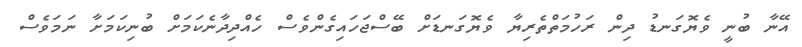
އޭނާ ބުނީ ވެޔޮގަނޑު ދިން ރަހުމަތްތެރިޔާ ވެޔޮގަނޑަށް ބޭސްޖަހައިގެންވެސް ހެއްދިދާނެކަމަށް ބުނިކަމަށާ ނަމަވެސް